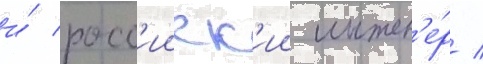
и́ росс'ииск'ии инжен'е́р /